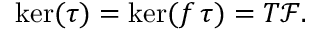
\ker ( \tau ) = \ker ( f \, \tau ) = T { \mathcal F } .